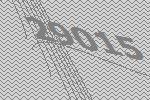
29015